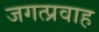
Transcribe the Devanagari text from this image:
जगत्प्रवाह